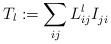
LaTeX: \begin{align*} T_l:= \sum_{ij} L_{ij}^l I_{ji}^{}\end{align*}